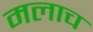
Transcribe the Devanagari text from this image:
मलाच